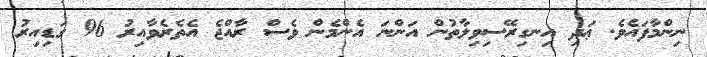
ނިންމާފައެވެ. ޢަދި އިނގިރޭސިވިލާތުން އަންނަ އެންމެން ވެސް ރާއްޖެ އެތެރެވާއިރު 96 ގަޑިއިރު